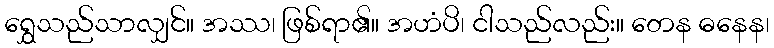
ရွှေသည်သာလျှင်။ အဿ၊ ဖြစ်ရာ၏။ အဟံပိ၊ ငါသည်လည်း။ တေန ဓနေန၊